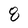
Character: 8